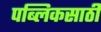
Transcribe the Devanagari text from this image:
पब्लिकसाठी